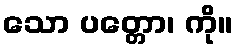
သော ပတ္တော၊ ကို။